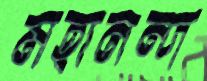
মহানন্দ